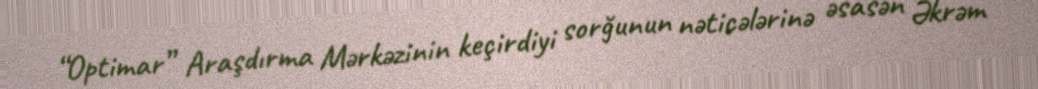
“Optimar” Araşdırma Mərkəzinin keçirdiyi sorğunun nəticələrinə əsasən Əkrəm